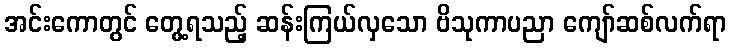
အင်းကောတွင် တွေ့ရသည့် ဆန်းကြယ်လှသော ဗိသုကာပညာ ကျော်ဆစ်လက်ရာ